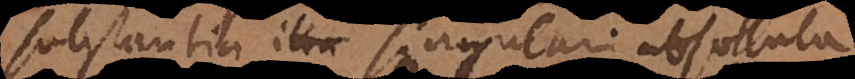
ubstantia illa singulari absoluta